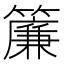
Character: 簾